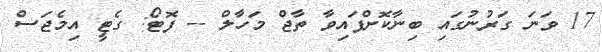
17 ވަނަ ގަރުނުގައި ބިނާކޮށްފައިވާ ތާޖް މަހާލް -- ފޮޓޯ: ގެޓީ އިމެޖަސް